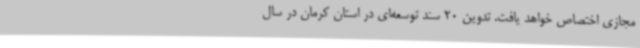
مجازی اختصاص خواهد یافت. تدوین 20 سند توسعه‌ای در استان کرمان در سال